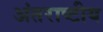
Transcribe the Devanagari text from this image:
अंतराष्टीय